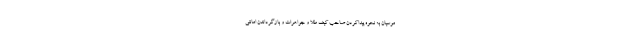
موسیان به نحوه پیداکردن صاحب کیف طلا و جواهرات و بازگرداندن امانتی